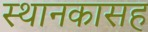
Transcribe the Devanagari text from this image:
स्थानकासह